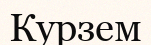
Курзем